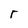
Character: r